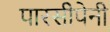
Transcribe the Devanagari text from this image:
पारसीपेनी